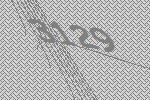
3129